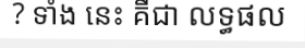
? ទាំង នេះ គឺជា លទ្ធផល